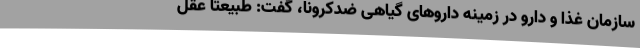
سازمان غذا و دارو در زمینه داروهای گیاهی ضدکرونا، گفت: طبیعتا عقل